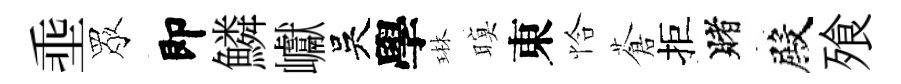
埀眾即鱗巘吳學琳暝東恰蒼拒賭殿飱